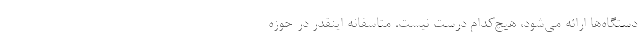
دستگاه‌ها ارائه می‌شود، هیچ‌کدام درست نیست. متاسفانه اینقدر در حوزه